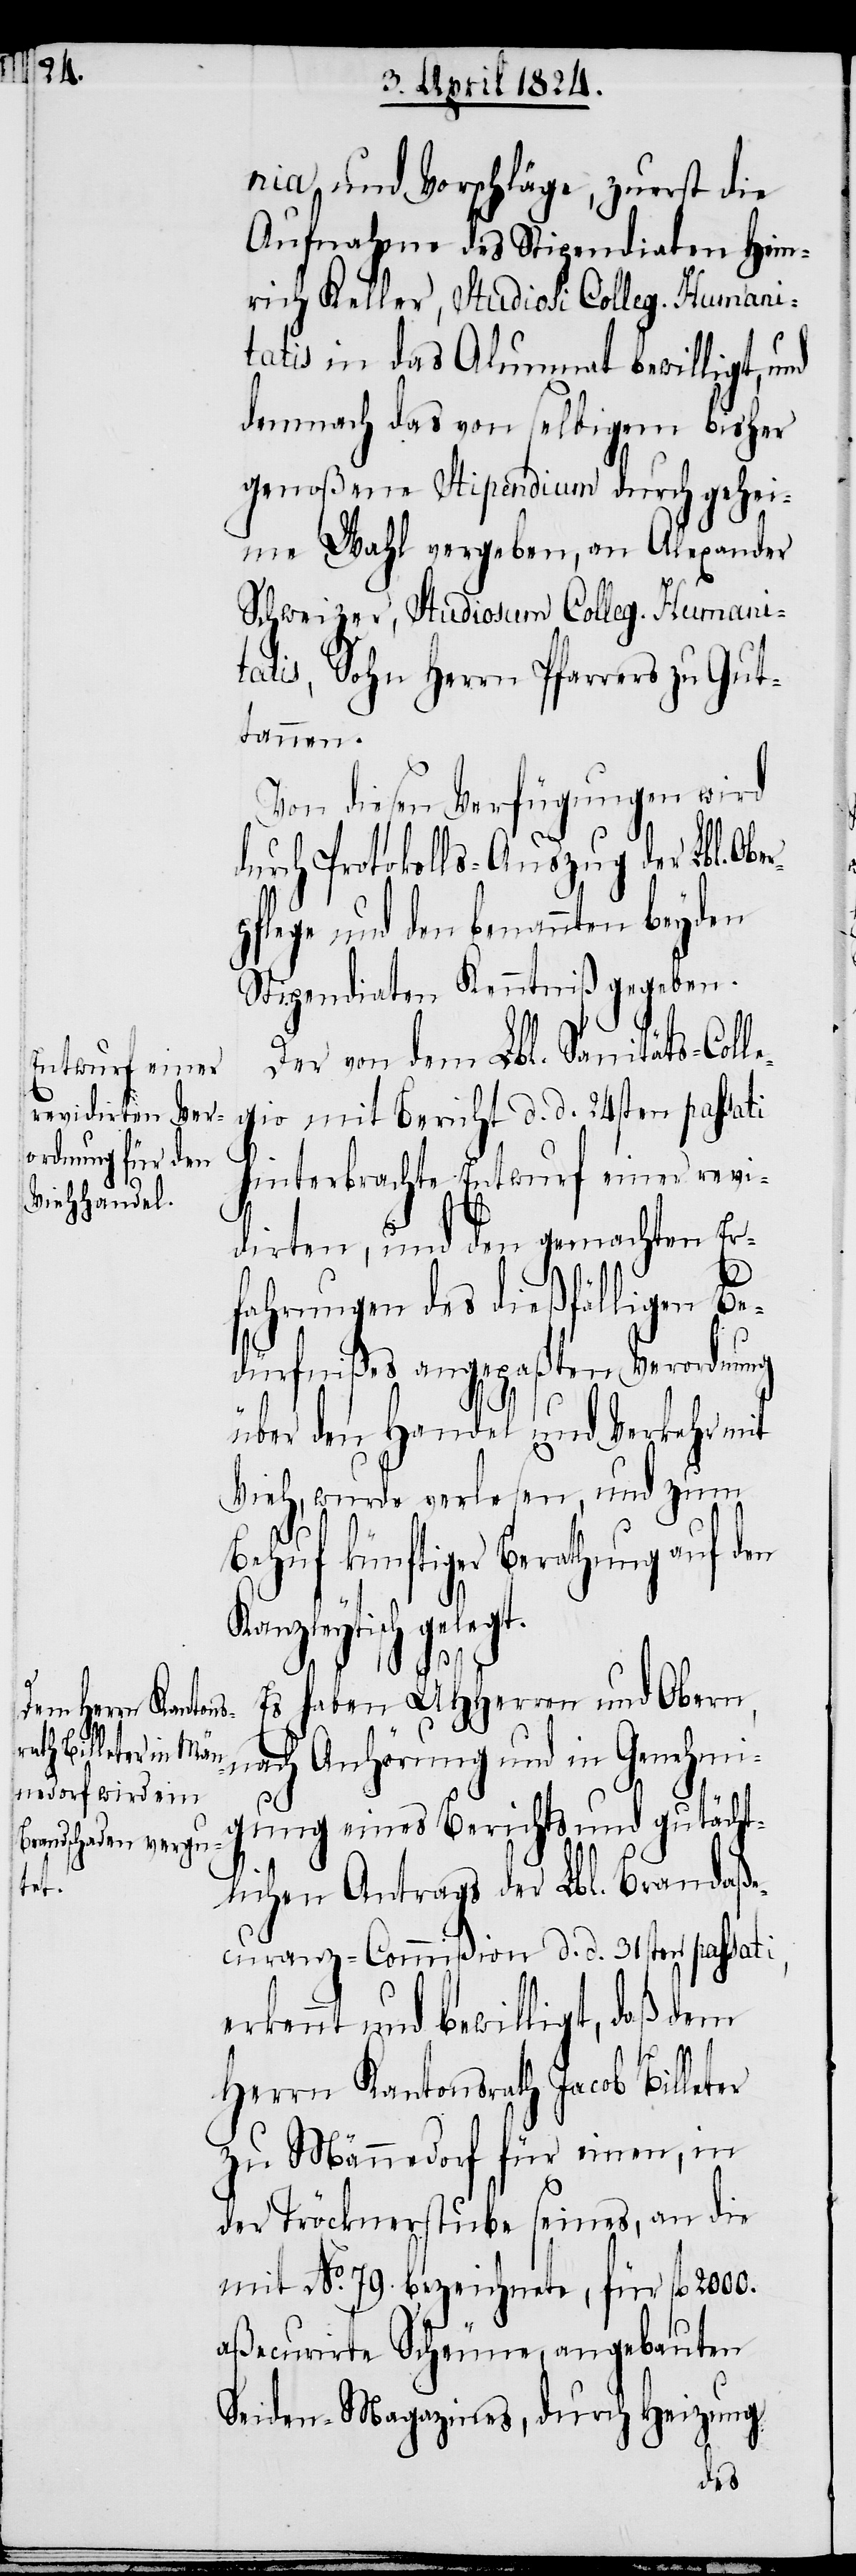
legt.

nia und Vorschlge, zuerst die
Aufnahme des Stipendiaten Hein¬
rich Keller, Studiosi Colleg. Humani¬
tatis in das Alumnat bewilligt, und
demnach das von selbigem bisher
genoßene Stipendium durch gehei¬
me Wahl vergeben, an Alexander
Schweizer, Studiosum Colleg. Humani¬
tatis, Sohn Herrn Pfarrers zu Gut¬
tannen.
Von diesen Verfügungen wird
durch Protokolls-Auszug der Lbl. Obe¬
flege und den benannten beyden
Stipendiaten Kenntniß gegeben.
Der von dem Lbl. Sanitäts-Col¬
gio mit Bericht d. d. 24sten passati
hinterbrachte Entwurf einer revi¬
dirten, und den gemachten Er¬
fahrungen des dießfälligen Be¬
dürfnißes angepaßten Verordnung
über den Handel und Verkehr mit
Vieh, wurde verlesen, und zum
Behuf künftiger Berathung auf den
Kanzleytisch ge¬
Es haben UHHerren und Obern,
nach Anhörung und in Genehmi¬
gung eines Berichts und gutächt¬
lichen Antrags der Lbl. Brandaße¬
curanz-Commißion d. d. 32sten passati,
erkennt, und bewilligt, daß dem
Herrn Kantonsrath Jacob Billeter
zu Männedorf für einen, in
der Tröcknerstube seines, an die
mit No. 79. bezeichnete, für fl. 2000.
aßecurirte Scheune, angebauten
Seiden-Magazines, durch Heizung